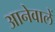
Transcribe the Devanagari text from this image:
आनेवालें